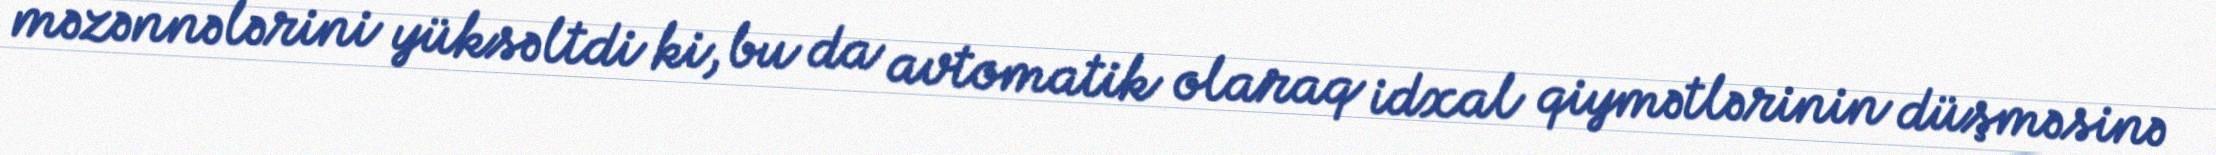
məzənnələrini yüksəltdi ki, bu da avtomatik olaraq idxal qiymətlərinin düşməsinə